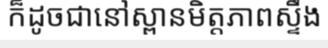
ក៏ដូចជានៅស្ពានមិត្តភាពស្ទឹង